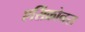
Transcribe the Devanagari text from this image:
एसिंक्रोनस